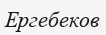
Ергебеков